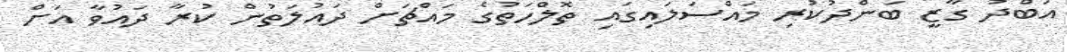
އަބްދު ގާޒީ ބަންދުކުރި މައްސަލައިގައި ތޮލްހަތުގެ މައްޗަށް ދައުލަތުން ކުރާ ދައުވާ އަށް